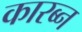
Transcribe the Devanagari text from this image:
कारब्न